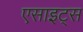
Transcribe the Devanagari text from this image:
एसाइट्स